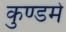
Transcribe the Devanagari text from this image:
कुण्डमे